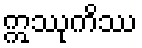
ဣဿုကိဿ